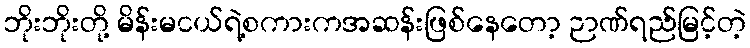
ဘိုးဘိုးတို့ မိန်းမငယ်ရဲ့စကားကအဆန်းဖြစ်နေတော့ ဉာဏ်ရည်မြင့်တဲ့